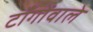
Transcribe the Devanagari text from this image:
टाँगोंवाले